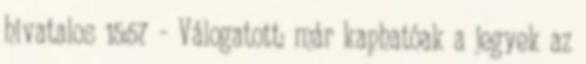
hivatalos 15:57 - Válogatott: már kaphatóak a jegyek az